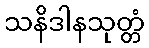
သနိဒါနသုတ္တံ